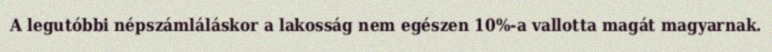
A legutóbbi népszámláláskor a lakosság nem egészen 10%-a vallotta magát magyarnak.